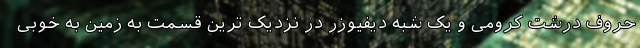
حروف درشت کرومی و یک شبه دیفیوزر در نزدیک ترین قسمت به زمین به خوبی